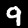
Label: 9